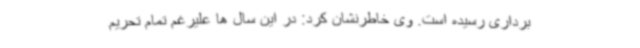
برداری رسیده است. وی خاطرنشان کرد: در این سال ها علیرغم تمام تحریم